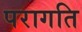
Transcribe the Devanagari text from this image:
परागति